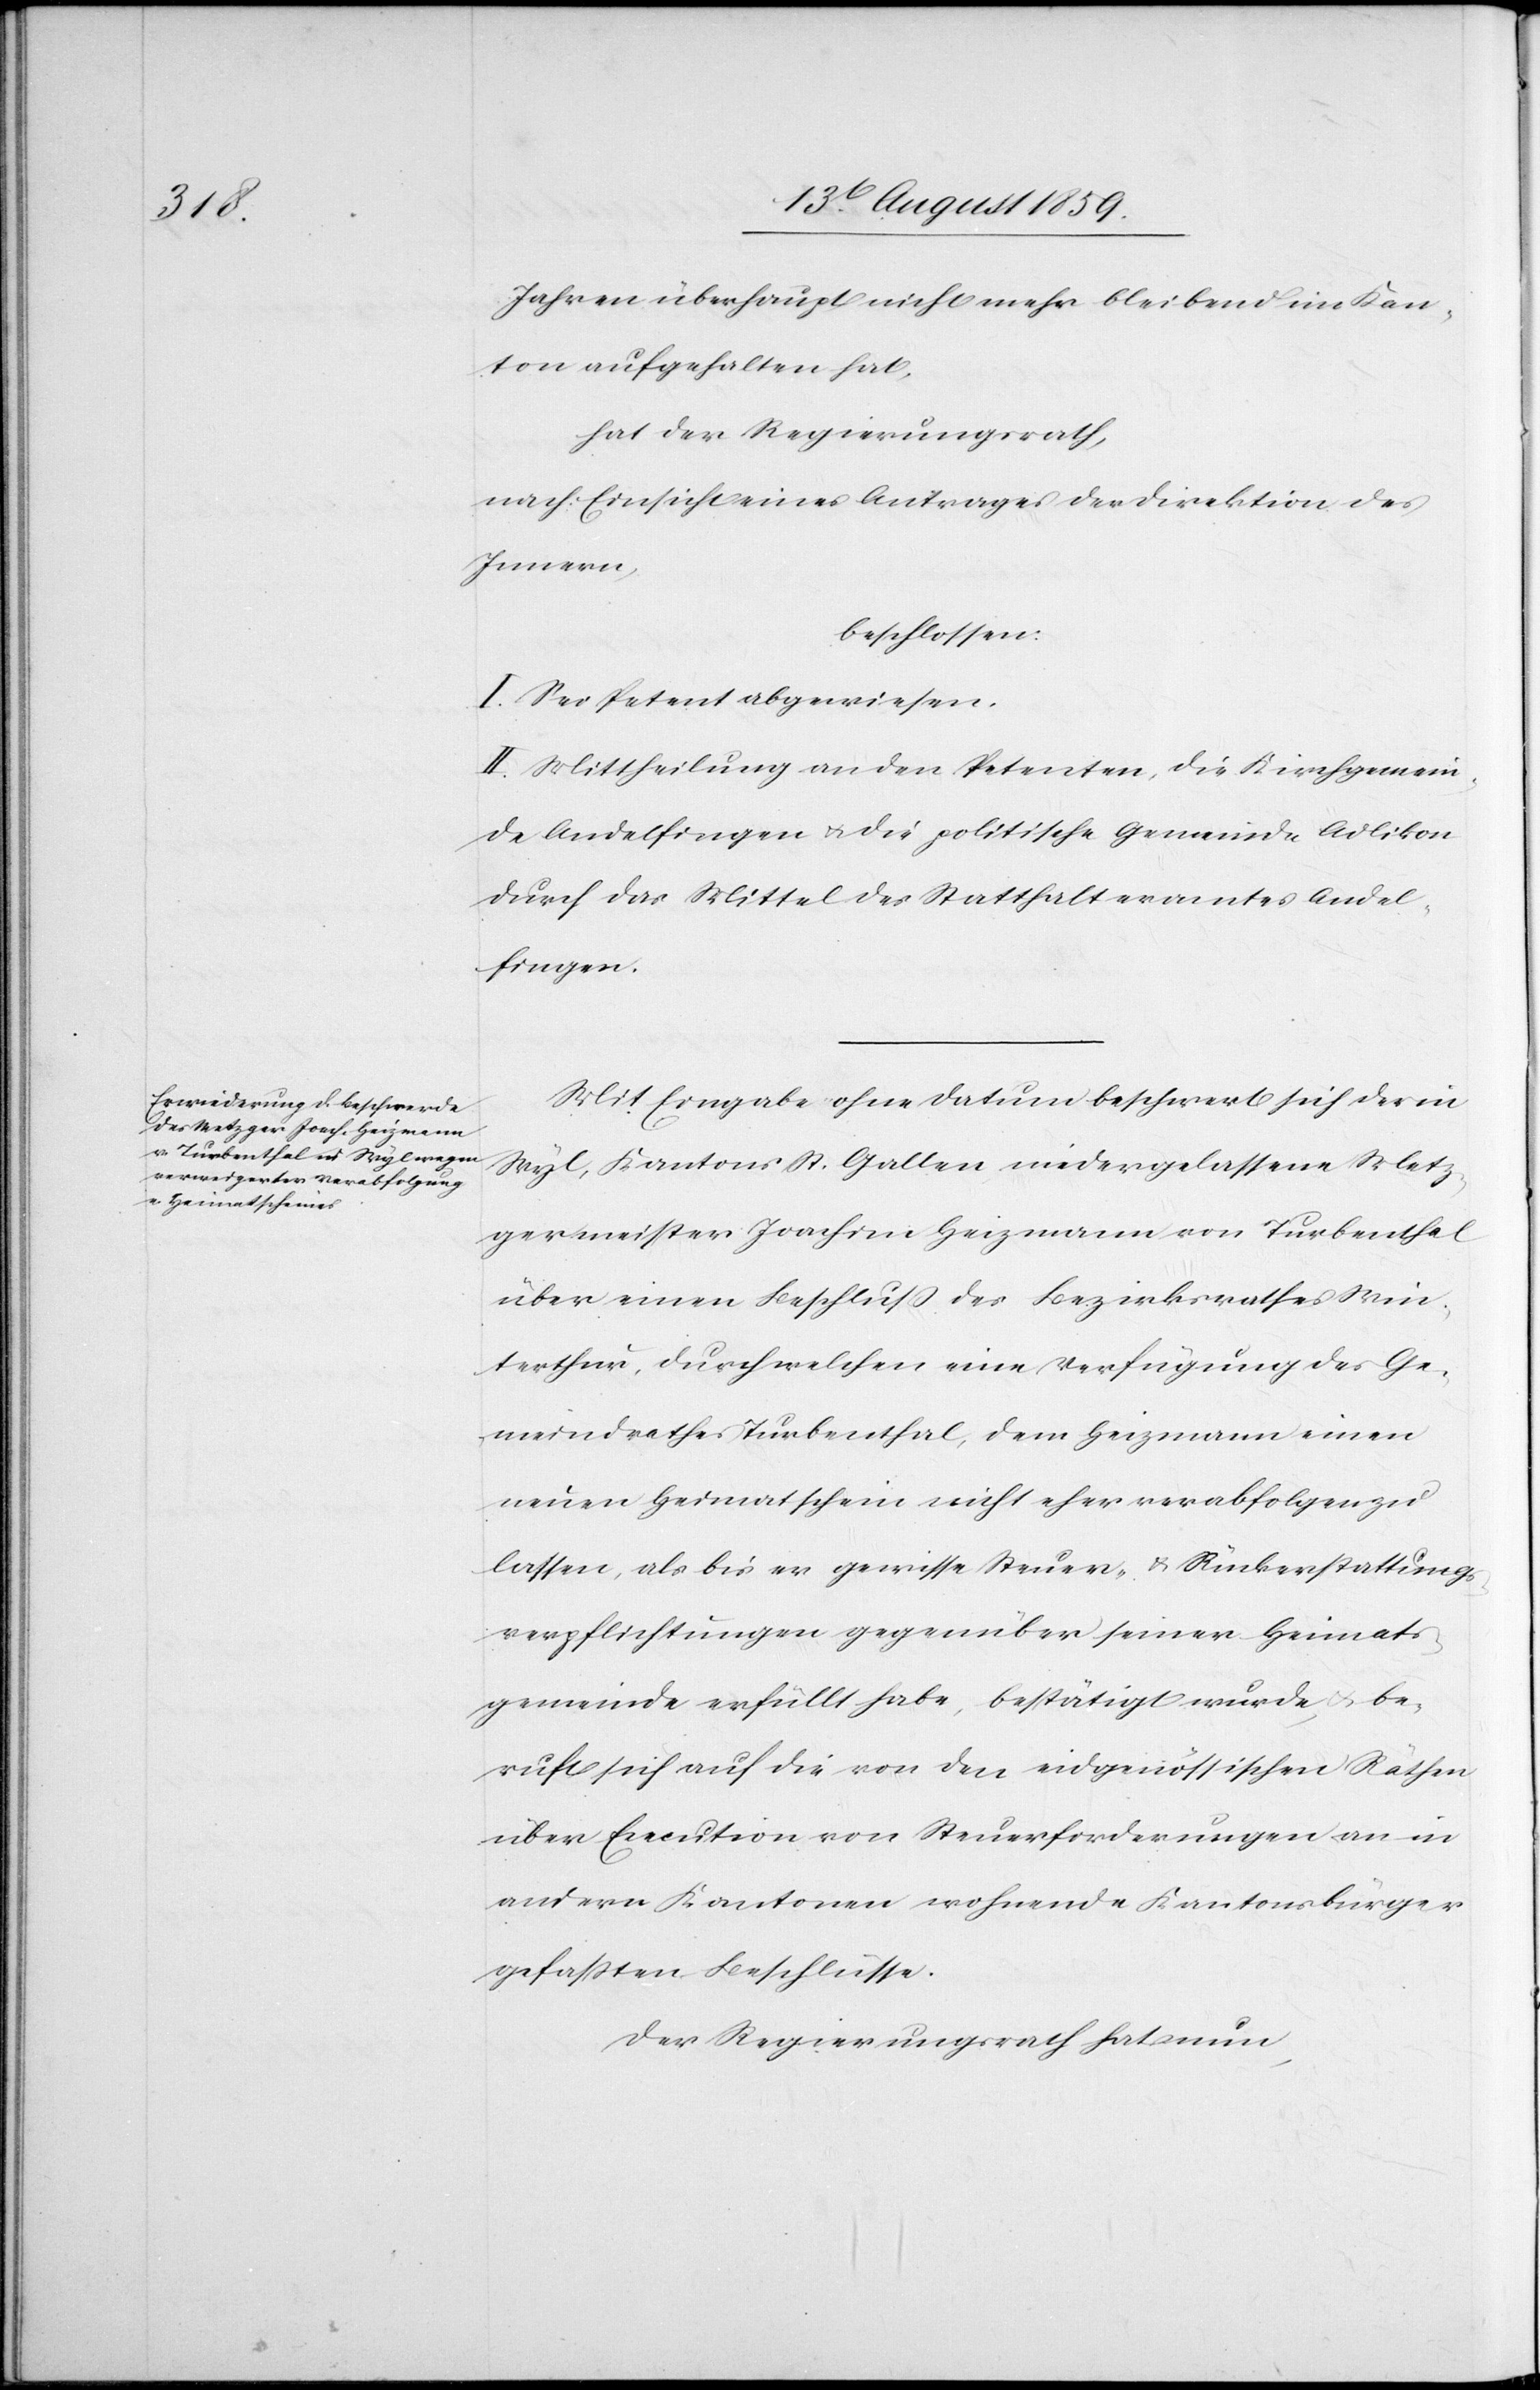
Jahren überhaupt nicht mehr bleibend im Kan¬
ton aufgehalten hat,
hat der Regierungsrath,
nach Einsicht eines Antrages der Direktion des
Innern,
beschlossen:
I. Sei Petent abgewiesen.
II. Mittheilung an den Petenten, die Kirchgemein¬
de Andelfingen u. die politischen Gemeinde Adlikon
durch das Mittel des Statthalteramtes Andel¬
fingen.
Mit Eingabe ohne Datum beschwert sich der in
Wyl, Kantons St. Gallen niedergelassene Metz¬
germeister Joachim Heizmann von Turbenthal
über einen Beschluß des Bezirksrathes Win¬
terthur, durch welchen eine Verfügung des Ge¬
meindrathes Turbenthal, dem Heizmann einen
neuen Heimatschein nicht eher verabfolgen zu
lassen, als bis er gewisse Steuer- u. Rückerstattungs¬
verpflichtungen gegenüber seiner Heimats¬
gemeinde erfüllt habe, bestätigt wurde, u. be¬
ruft sich auf die von den eidgenössischen Räthen
über Execution von Steuerforderungen an in
andern Kantonen wohnende Kantonsbürger
gefaßten Beschlüsse.
Der Regierungsrath hat nun,